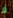
لا